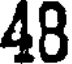
48